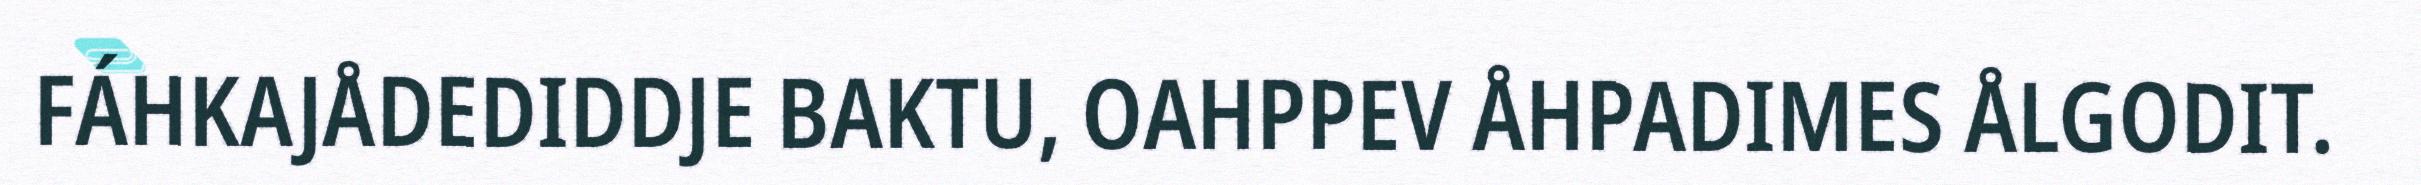
FÁHKAJÅDEDIDDJE BAKTU, OAHPPEV ÅHPADIMES ÅLGODIT.